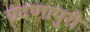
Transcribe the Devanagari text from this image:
चंदणापुरी